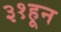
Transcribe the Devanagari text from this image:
३१हून